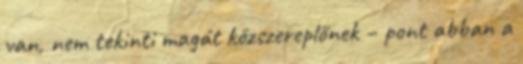
van, nem tekinti magát közszereplőnek – pont abban a